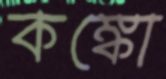
কঙ্কো